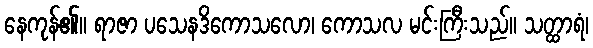
နေကုန်၏။ ရာဇာ ပသေနဒိကောသလော၊ ကောသလ မင်းကြီးသည်။ သတ္ထာရံ၊